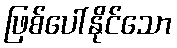
ဖြစ်ပေါ်နိုင်သော